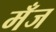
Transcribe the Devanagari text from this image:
मँज